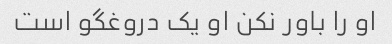
او را باور نکن او یک دروغگو است